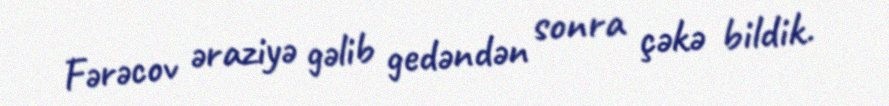
Fərəcov əraziyə gəlib gedəndən sonra çəkə bildik.